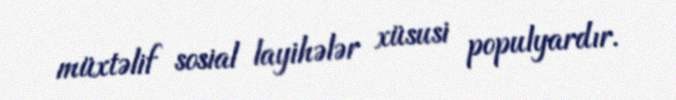
müxtəlif sosial layihələr xüsusi populyardır.